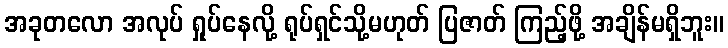
အခုတလော အလုပ် ရှုပ်နေလို့ ရုပ်ရှင်သို့မဟုတ် ပြဇာတ် ကြည့်ဖို့ အချိန်မရှိဘူး။